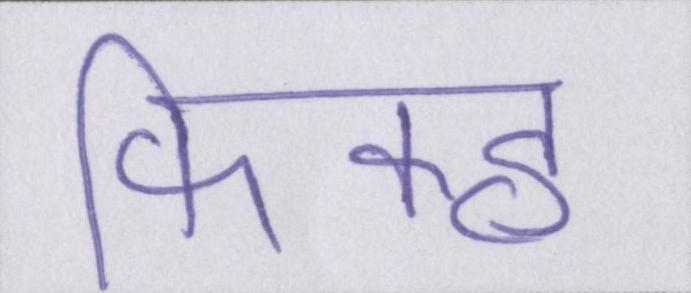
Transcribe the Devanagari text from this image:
फिक्ह